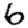
Digit: 6